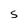
Character: S